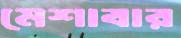
মেশাবার